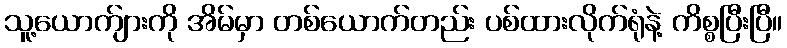
သူ့ယောက်ျားကို အိမ်မှာ တစ်ယောက်တည်း ပစ်ထားလိုက်ရုံနဲ့ ကိစ္စပြီးပြီ။